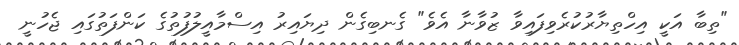
"ތިބާ އަކީ އިހްތިޔާރުކުރެވިފައިވާ ޒުވާނާ އެވެ" ގެނބިގެން ދިޔައިރު އިސްމާއީލުފުތުގެ ކަންފަތުގައި ޖެހުނީ